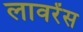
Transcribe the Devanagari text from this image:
लावरेंस